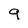
Character: 9